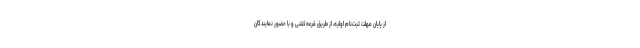
از پایان مهلت ثبت‌نام اولیه، از طریق قرعه‌کشی و با حضور نمایندگان